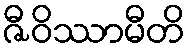
ဇီဝိဿာမီတိ